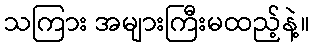
သကြား အများကြီးမထည့်နဲ့။